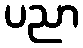
ပညာ